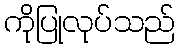
ကိုပြုလုပ်သည်